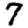
Digit: 7